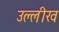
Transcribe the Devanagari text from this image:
उल्लीख